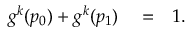
\begin{array} { r l r } { g ^ { k } ( p _ { 0 } ) + g ^ { k } ( p _ { 1 } ) } & { { } = } & { 1 . } \end{array}